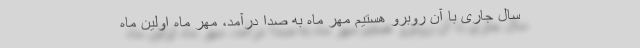
سال جاری با آن روبرو هستیم مهر ماه به صدا درآمد، مهر ماه اولین ماه